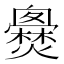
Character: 𤒐